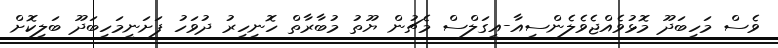
ވެސް މަހިބަދޫ މޮޅުވެއްޖެވެލެންސިއާ-އީގަލްސް މެޗުން ޔޫތު މުބާރާތް ހޮނިހިރު ދުވަހު ފަށަނީމަހިބަދޫ ބަލިކޮށް